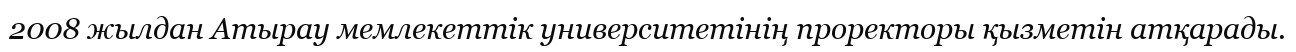
2008 жылдан Атырау мемлекеттік университетінің проректоры қызметін атқарады.